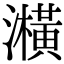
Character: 㶇